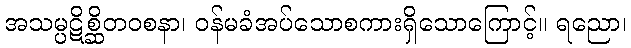
အသမ္ပဋိစ္ဆိတဝစနာ၊ ဝန်မခံအပ်သောစကားရှိသောကြောင့်။ ရညော၊